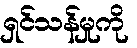
ရှင်သန်မှုကို